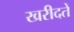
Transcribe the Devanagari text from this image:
खरीदतें